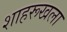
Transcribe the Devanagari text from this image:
शाहरूखला